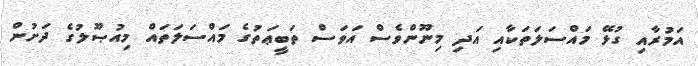
އަމުރާއި ގުޅޭ މައްސަލަތަކާއި އަދި މިނޫންވެސް އަވަސް ތަބީޢަތުގެ މައްސަލަތައް މިއުޞޫލުގެ ދަށުން